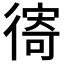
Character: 𢕗